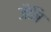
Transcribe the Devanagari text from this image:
जैमि